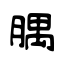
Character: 腢